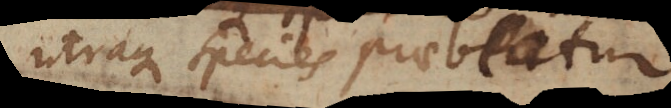
utraque species praebeatur.